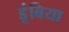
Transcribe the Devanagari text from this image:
डूंबिया